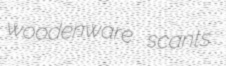
woodenware scants